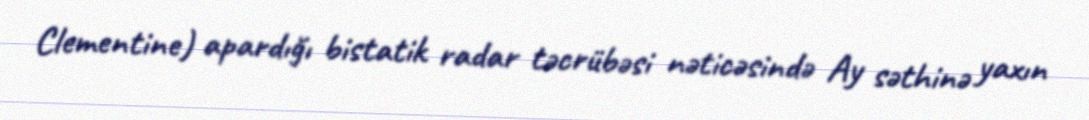
Clementine) apardığı bistatik radar təcrübəsi nəticəsində Ay səthinə yaxın